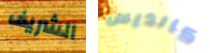
الشريف كانديس